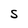
Character: S